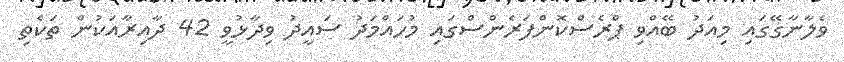
ވެލާނާގޭގައި މިއަދު ބޭއްވި ޕްރެސްކޮންފަރެންސްގައި މުހައްމަދު ސައީދު ވިދާޅުވީ 42 ދާއިރާއަކުން ތަކެތި